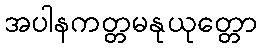
အပါနကတ္တမနုယုတ္တော